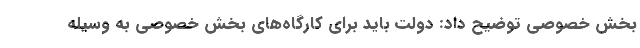
بخش خصوصی توضیح داد: دولت باید برای کارگاه‌های بخش خصوصی به وسیله